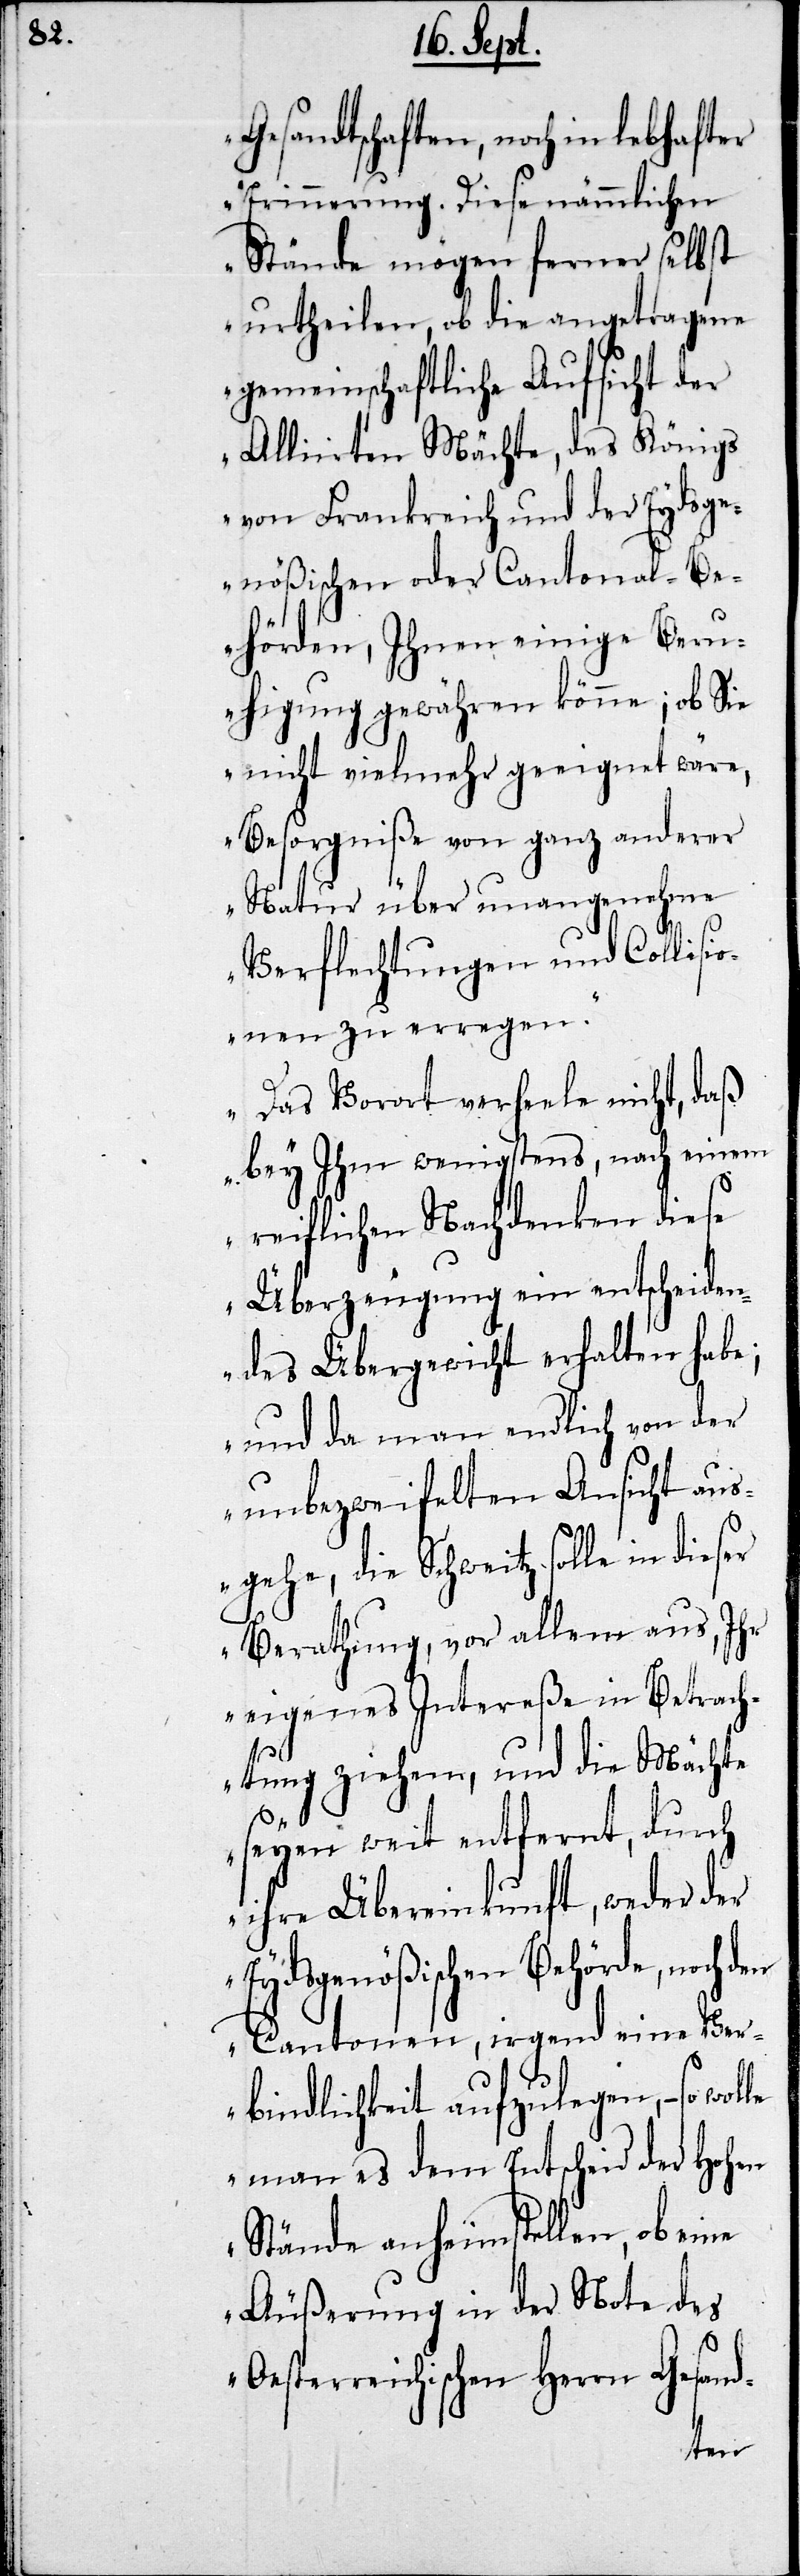
Gesandtschaften, noch in lebhafter
Erinnerung. Diese nämmlichen
Stände mögen ferner selbst
urtheilen, ob die angetragene
gemeinschaftliche Aufsicht der
Alliirten Mächte, des Königs
von Frankreich und der Eydsge¬
nößischen oder Cantonal-Be¬
hörden, Ihnen einige Beru¬
higung gewähren könne; ob sie
nicht vielmehr geeignet wäre,
Besorgniße von ganz anderer
Natur über unangenehme
Verflechtungen und Collisio¬
nen zu erregen.
Das Vorort verheele nicht, daß
bey Ihm wenigstens, nach einem
reiflichen Nachdenken diese
Überzeugung ein entscheiden¬
des Übergewicht erhalten habe;
und da man endlich von der
unbezweifelten Ansicht aus¬
gehe, die Schweitz solle in
Berathung, vor allem aus, Ihr
eigenes Intereße in Betrach¬
tung ziehen, und die Mächte
seyen weit entfernt, durch
ihre Übereinkunft, weder der
Eydsgenößischen Behörde, noch den
Cantonen, irgend eine Ver¬
bindlichkeit aufzulegen, – so
man es dem Entscheid der Hohen
Stände anheim stellen, ob eine
Äußerung in der Note des
Oesterreichischen Herrn Gesand-